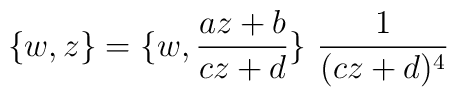
\{w,z\} =\{w,\frac{az+b}{cz+d}\}~\frac{1}{(cz+d)^{4}}